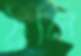
ঠুলি